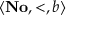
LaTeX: \langle \mathbf { N o } , \mathrm { < } , b \rangle